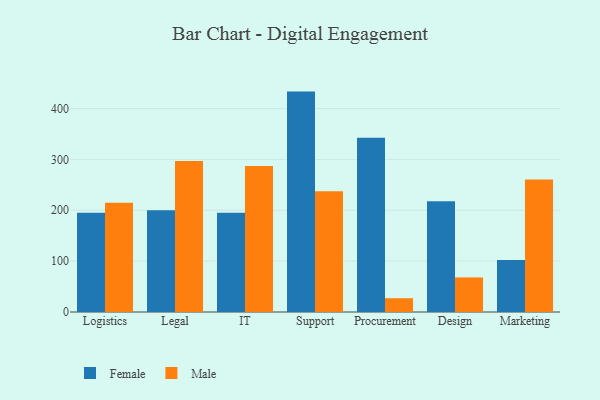
{"axis": {"x": "Department", "y": "Bounce Rate (%)"}, "legend": ["Female", "Male"], "data": [{"x": "Logistics", "y": 195.1, "type": "Female"}, {"x": "Logistics", "y": 214.6, "type": "Male"}, {"x": "Legal", "y": 200.3, "type": "Female"}, {"x": "Legal", "y": 296.9, "type": "Male"}, {"x": "IT", "y": 195.3, "type": "Female"}, {"x": "IT", "y": 287.1, "type": "Male"}, {"x": "Support", "y": 433.4, "type": "Female"}, {"x": "Support", "y": 237.3, "type": "Male"}, {"x": "Procurement", "y": 342.5, "type": "Female"}, {"x": "Procurement", "y": 27.1, "type": "Male"}, {"x": "Design", "y": 218.0, "type": "Female"}, {"x": "Design", "y": 68.0, "type": "Male"}, {"x": "Marketing", "y": 102.2, "type": "Female"}, {"x": "Marketing", "y": 260.7, "type": "Male"}]}